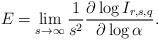
\begin{align*}E=\lim_{s\to\infty}\frac{1}{s^2}\frac{\partial\log I_{r,s,q}}{\partial\log\alpha}.\end{align*}